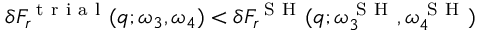
\delta F _ { r } ^ { \mathrm { ~ t ~ r ~ i ~ a ~ l ~ } } ( q ; \omega _ { 3 } , \omega _ { 4 } ) < \delta F _ { r } ^ { \mathrm { ~ S ~ H ~ } } ( q ; \omega _ { 3 } ^ { \mathrm { ~ S ~ H ~ } } , \omega _ { 4 } ^ { \mathrm { ~ S ~ H ~ } } )